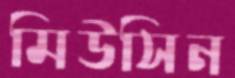
মিউসিন